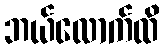
ဘယ်လောက်ထိ